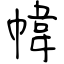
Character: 幃